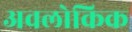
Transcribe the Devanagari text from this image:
अवलोकिक